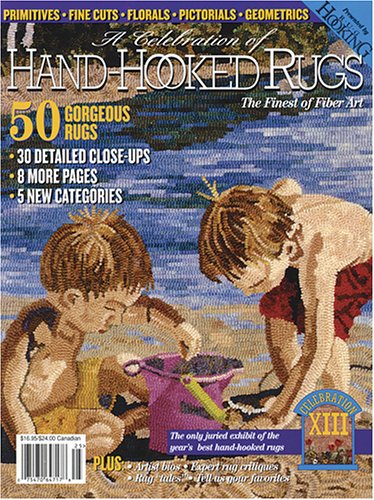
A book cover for Celebration of Hand-Hooked Rugs XIII (No. 8); Crafts, Hobbies & Home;